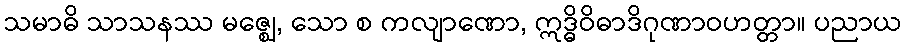
သမာဓိ သာသနဿ မဇ္ဈေ, သော စ ကလျာဏော, ဣဒ္ဓိဝိဓာဒိဂုဏာဝဟတ္တာ။ ပညာယ